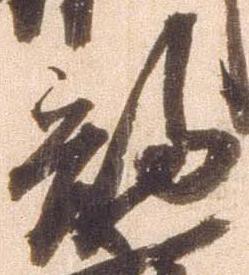
部